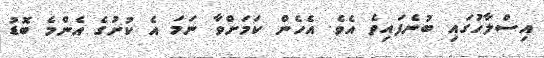
އިސްލާހުގައި ބުނެފައިވެ އެވެ. އެހެން ކަމަށްވާ ނަމަ އެ ކުށުގެ އެންމެ ބޮޑު